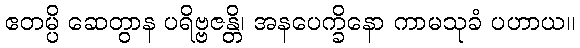
ဧတမ္ပိ ဆေတွာန ပရိဗ္ဗဇန္တိ၊ အနပေက္ခိနော ကာမသုခံ ပဟာယ။